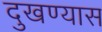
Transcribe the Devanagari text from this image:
दुखण्यास